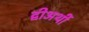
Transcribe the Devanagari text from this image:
द्वीअर्थी